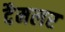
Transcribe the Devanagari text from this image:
दैमलर